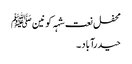
محفل نعت شہہ کونین ﷺ
حیدرآباد ۔